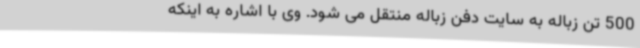
500 تن زباله به سایت دفن زباله منتقل می شود. وی با اشاره به اینکه